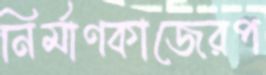
নির্মাণকাজেরপ